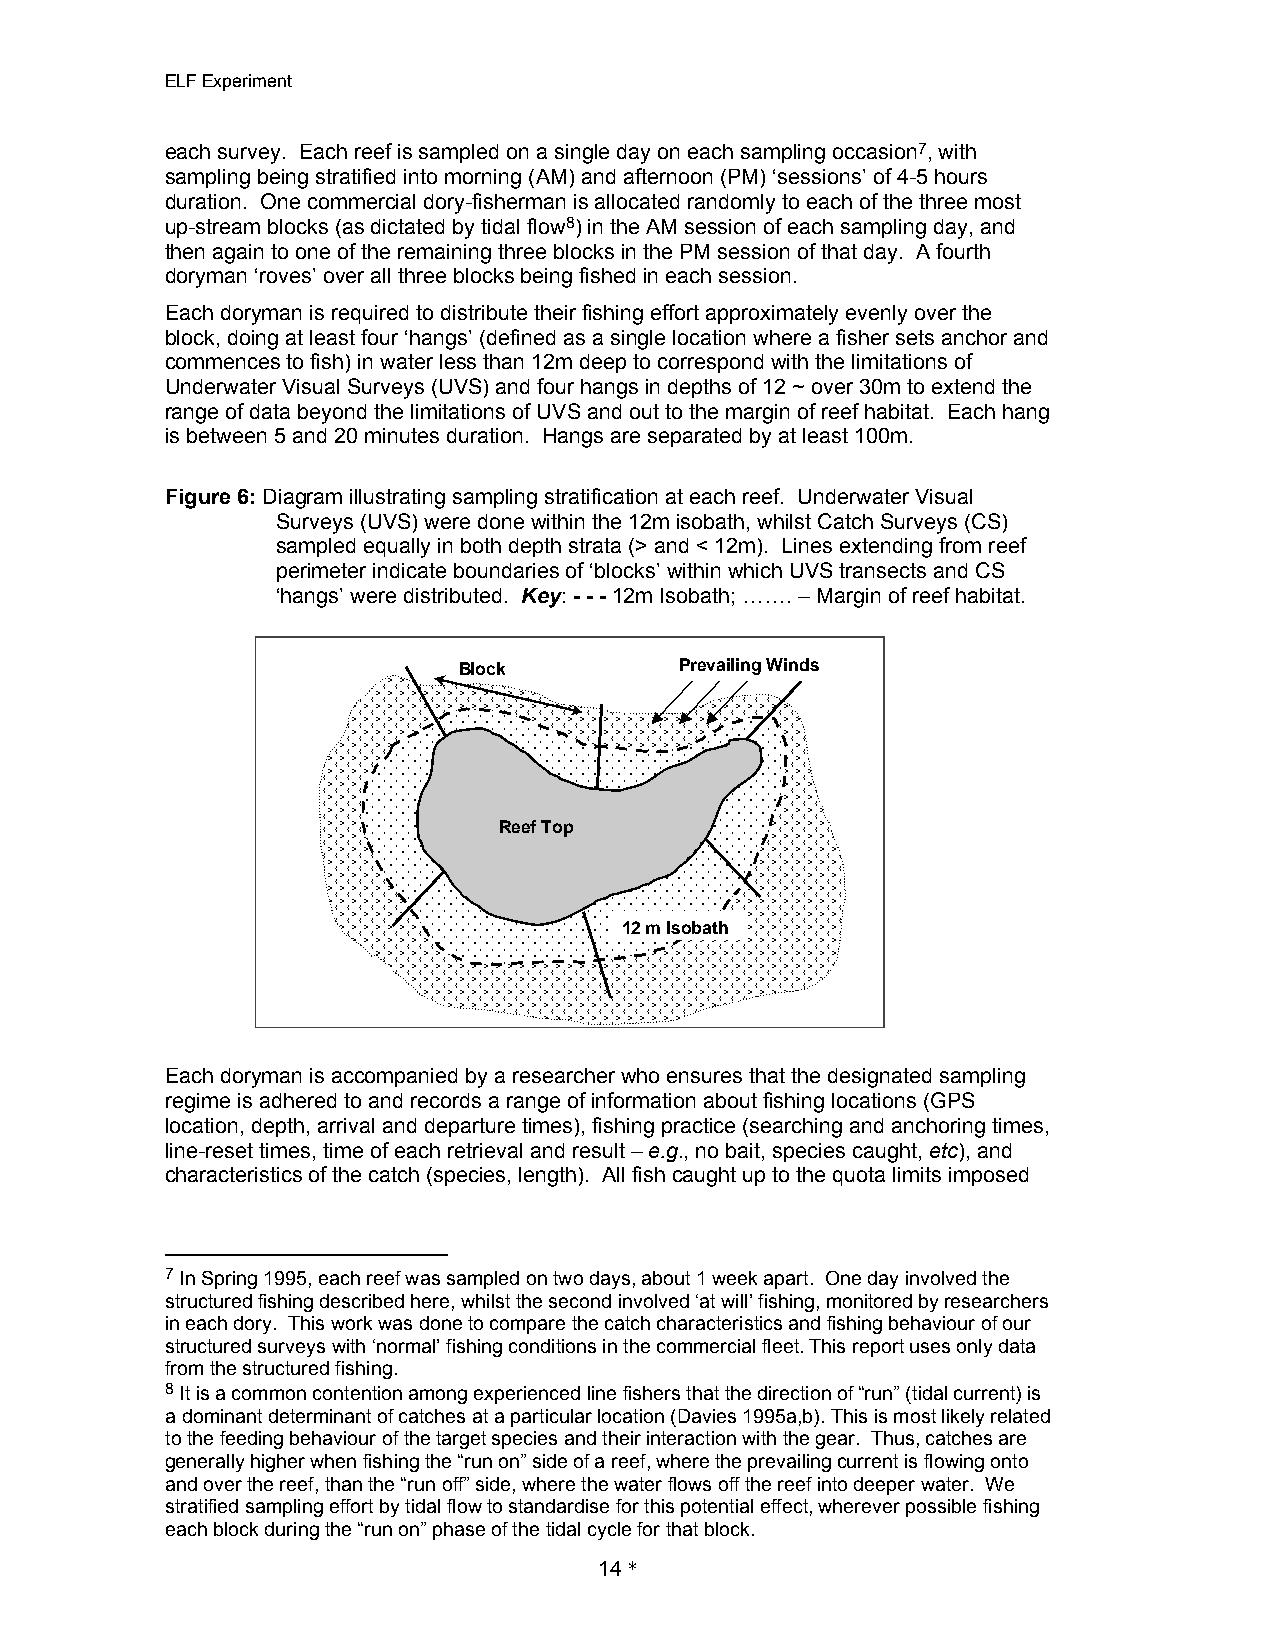
ELF Experiment
 each survey. Each reef is sampled on a single day on each sampling occasion7, with
 sampling being stratified into morning (AM) and afternoon (PM) ‘sessions’ of 4-5 hours
 duration. One commercial dory-fisherman is allocated randomly to each of the three most
 up-stream blocks (as dictated by tidal flow8) in the AM session of each sampling day, and
 then again to one of the remaining three blocks in the PM session of that day. A fourth
 doryman ‘roves’ over all three blocks being fished in each session.
 Each doryman is required to distribute their fishing effort approximately evenly over the
 block, doing at least four ‘hangs’ (defined as a single location where a fisher sets anchor and
 commences to fish) in water less than 12m deep to correspond with the limitations of
 Underwater Visual Surveys (UVS) and four hangs in depths of 12 ~ over 30m to extend the
 range of data beyond the limitations of UVS and out to the margin of reef habitat. Each hang
 is between 5 and 20 minutes duration. Hangs are separated by at least 100m.
 Figure 6: Diagram illustrating sampling stratification at each reef. Underwater Visual
 Surveys (UVS) were done within the 12m isobath, whilst Catch Surveys (CS)
 sampled equally in both depth strata (> and < 12m). Lines extending from reef
 perimeter indicate boundaries of ‘blocks’ within which UVS transects and CS
 ‘hangs’ were distributed. Key: - - -12m Isobath; ……. – Margin of reef habitat.
 Block          Prevailing Winds
 Reef Top
 12 m Isobath
 Each doryman is accompanied by a researcher who ensures that the designated sampling
 regime is adhered to and records a range of information about fishing locations (GPS
 location, depth, arrival and departure times), fishing practice (searching and anchoring times,
 line-reset times, time of each retrieval and result – e.g., no bait, species caught, etc), and
 characteristics of the catch (species, length). All fish caught up to the quota limits imposed
 7 In Spring 1995, each reef was sampled on two days, about 1 week apart. One day involved the
 structured fishing described here, whilst the second involved ‘at will’ fishing, monitored by researchers
 in each dory. This work was done to compare the catch characteristics and fishing behaviour of our
 structured surveys with ‘normal’ fishing conditions in the commercial fleet. This report uses only data
 from the structured fishing.
 8 It is a common contention among experienced line fishers that the direction of “run” (tidal current) is
 a dominant determinant of catches at a particular location (Davies 1995a,b). This is most likely related
 to the feeding behaviour of the target species and their interaction with the gear. Thus, catches are
 generally higher when fishing the “run on” side of a reef, where the prevailing current is flowing onto
 and over the reef, than the “run off” side, where the water flows off the reef into deeper water. We
 stratified sampling effort by tidal flow to standardise for this potential effect, wherever possible fishing
 each block during the “run on” phase of the tidal cycle for that block.
 14*